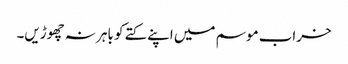
خراب موسم میں اپنے کتے کو باہر نہ چھوڑیں۔